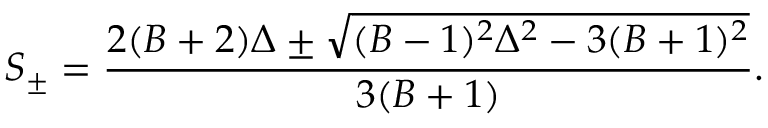
S _ { \pm } = \frac { 2 ( B + 2 ) \Delta \pm \sqrt { ( B - 1 ) ^ { 2 } \Delta ^ { 2 } - 3 ( B + 1 ) ^ { 2 } } } { 3 ( B + 1 ) } .